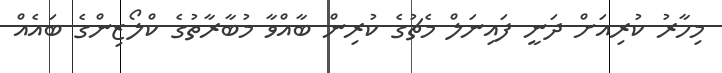
މިހާރު ކުރިއަށް ދަނީ ފައިނަލް މެޗުގެ ކުރިން ބާއްވާ މުބާރާތުގެ ކްލޯޒިންގެ ބައެއް